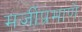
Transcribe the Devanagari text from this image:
मर्जीप्रमाणे